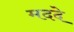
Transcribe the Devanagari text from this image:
मददे